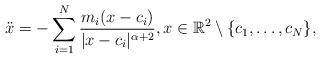
LaTeX: \begin{align*}\ddot x = - \sum_{i=1}^N \frac{m_i (x-c_i)}{\vert x - c_i \vert^{\alpha+2}}, x \in \mathbb{R}^2 \setminus \{ c_1,\ldots,c_N \},\end{align*}